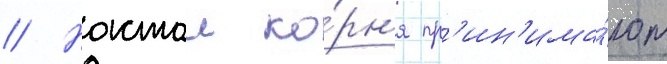
// Настои ко́рн'я пр'ин'има́ют